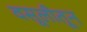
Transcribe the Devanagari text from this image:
वसूलीतून